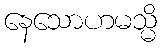
နေသောဟမသ္မိ